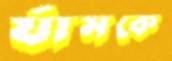
র‍্যামকে